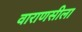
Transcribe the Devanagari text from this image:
वाराणसीला